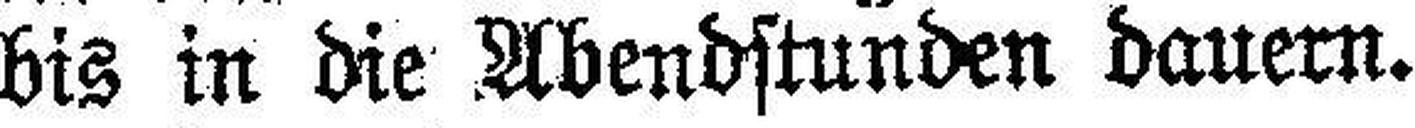
bis in die Abendstunden dauern.